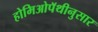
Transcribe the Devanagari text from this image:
होमिओपॅथीनुसार